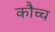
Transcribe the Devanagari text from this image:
कौच्च